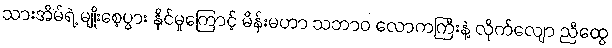
သားအိမ်ရဲ့ မျိုးစေ့ပွား နိုင်မှုကြောင့် မိန်းမဟာ သဘာဝ လောကကြီးနဲ့ လိုက်လျော ညီထွေ